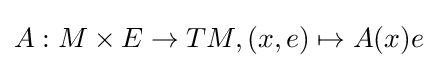
A:M\times E\to TM,(x,e)\mapsto A(x)e